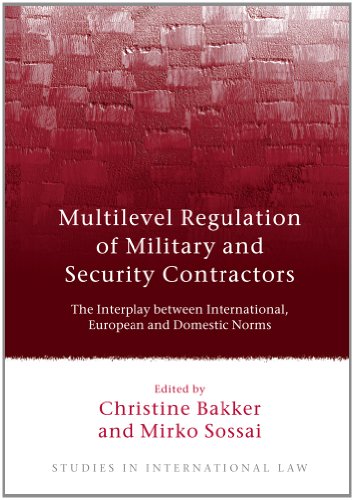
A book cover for Multilevel Regulation of Military and Security Contractors: The Interplay between International, European and Domestic Norms (Studies in International Law); Law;